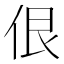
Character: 佷